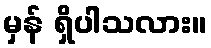
မှန် ရှိပါသလား။